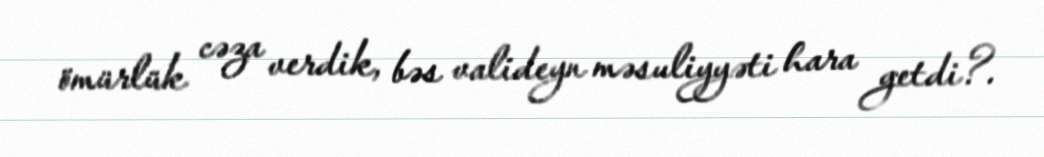
ömürlük cəza verdik, bəs valideyn məsuliyyəti hara getdi?.